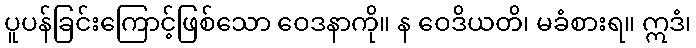
ပူပန်ခြင်းကြောင့်ဖြစ်သော ဝေဒနာကို။ န ဝေဒိယတိ၊ မခံစားရ။ ဣဒံ၊